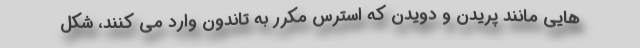
هایی مانند پریدن و دویدن که استرس مکرر به تاندون وارد می کنند، شکل